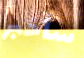
سأخبر